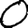
Digit: 0